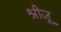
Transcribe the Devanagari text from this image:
श्रीजू